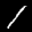
Label: 1